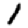
Digit: 1